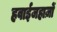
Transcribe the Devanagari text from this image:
हवाईजहाज़ों